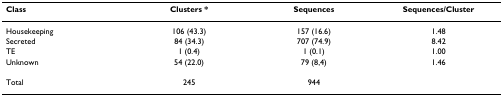
| Class | Clusters * | Sequences | Sequences/Cluster |
 | --- | --- | --- | --- |
 | Housekeeping | 106 (43.3) | 157 (16.6) | 1.48 |
 | Secreted | 84 (34.3) | 707 (74.9) | 8.42 |
 | TE | 1 (0.4) | 1 (0.1) | 1.00 |
 | Unknown | 54 (22.0) | 79 (8,4) | 1.46 |
 | Total | 245 | 944 |  |